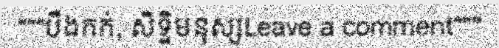
"""បឹងកក់, សិទ្ឋិមនុស្សLeave a comment"""